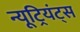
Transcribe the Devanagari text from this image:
न्यूट्रियंट्स